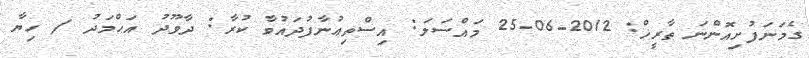
ގެމަނަފުށިއޮންނަ ތާރީޚް: 2012-06-25 މައްސަލަ: އިސްތިޢުނާފުދައުވާ ކުރާ: ދާވޫދު އަޙްމަދު / ހިޔާ